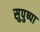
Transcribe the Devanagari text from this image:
सुपुष्पा